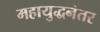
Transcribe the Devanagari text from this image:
महायुद्धनंतर